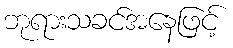
ဘုရားသခင်အနေဖြင့်